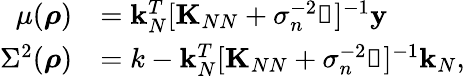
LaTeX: \begin{array}{rl}{\mu(\boldsymbol{\mathbf{\rho}})}&{=\boldsymbol{\mathbf{k}}_{N}^{T}[\boldsymbol{\mathbf{K}}_{NN}+\sigma_{n}^{-2}\boldsymbol{\mathbf{\mathbb{1}}}]^{-1}\boldsymbol{\mathbf{y}}}\\ {\Sigma^{2}(\boldsymbol{\mathbf{\rho}})}&{=k-\boldsymbol{\mathbf{k}}_{N}^{T}[\boldsymbol{\mathbf{K}}_{NN}+\sigma_{n}^{-2}\boldsymbol{\mathbf{\mathbb{1}}}]^{-1}\boldsymbol{\mathbf{k}}_{N},}\end{array}